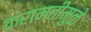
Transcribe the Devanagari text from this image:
करामतीमुळे